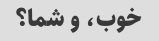
خوب، و شما؟